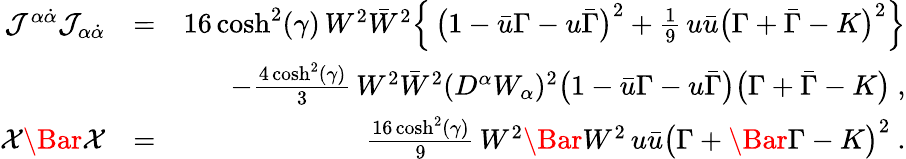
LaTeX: \begin{array}{rlr}{{\mathcal J}^{\alpha\dot{\alpha}}{\mathcal J}_{\alpha\dot{\alpha}}}&{=}&{16\cosh^{2}(\gamma)\, W^{2}\bar{W}^{2}\Big\{ \, \big(1-\bar{u}\Gamma-u\bar{\Gamma}\big)^{2}+\frac{1}{9}\, u\bar{u}\big(\Gamma+\bar{\Gamma}-K\big)^{2}\Big\} }\\ &{}&{-\frac{4\cosh^{2}(\gamma)}{3}\, W^{2}\bar{W}^{2}(D^{\alpha}W_{\alpha})^{2}\big(1-\bar{u}\Gamma-u\bar{\Gamma}\big)\big(\Gamma+\bar{\Gamma}-K\big)~,}\\ {\mathcal{X}\Bar{\mathcal{X}}}&{=}&{\frac{16\cosh^{2}(\gamma)}{9}\, W^{2}\Bar{W}^{2}\, u\bar{u}\big(\Gamma+\Bar{\Gamma}-K\big)^{2}~.}\end{array}